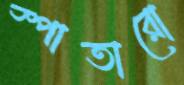
স্পাতারো